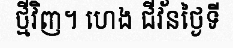
ថ្មីវិញ។ ហេង ជីវ័នថ្ងៃទី